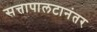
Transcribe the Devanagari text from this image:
सत्तापालटानंतर